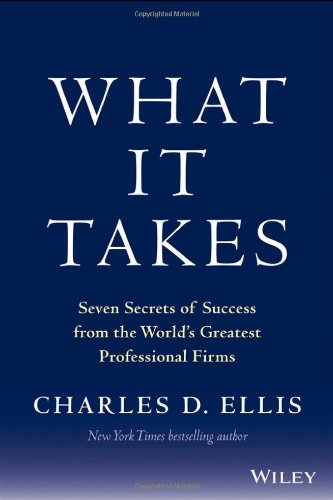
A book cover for What It Takes: Seven Secrets of Success from the World's Greatest Professional Firms; Charles D. Ellis; Business & Money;